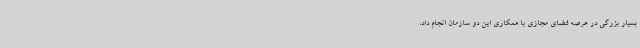
بسیار بزرگی در عرصه فضای مجازی با همکاری این دو سازمان انجام داد،